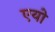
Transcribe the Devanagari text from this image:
एयो